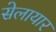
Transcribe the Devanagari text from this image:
सेलायार